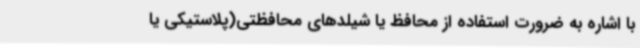
با اشاره به ضرورت استفاده از محافظ یا شیلدهای محافظتی(پلاستیکی یا